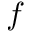
f